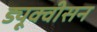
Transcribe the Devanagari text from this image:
ड्यूक्वीसन